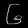
Digit: ၆